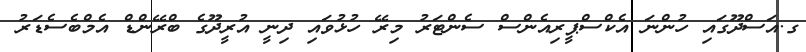
ގ.އަސްދޫގައި ހުންނަ އެކްސްޕީރިއެންސް ސެންޓަރު މިރޭ ހުޅުވައި ދިނީ އުރީދޫގެ ބްރޭންޑް އެމްބެސެޑަރު